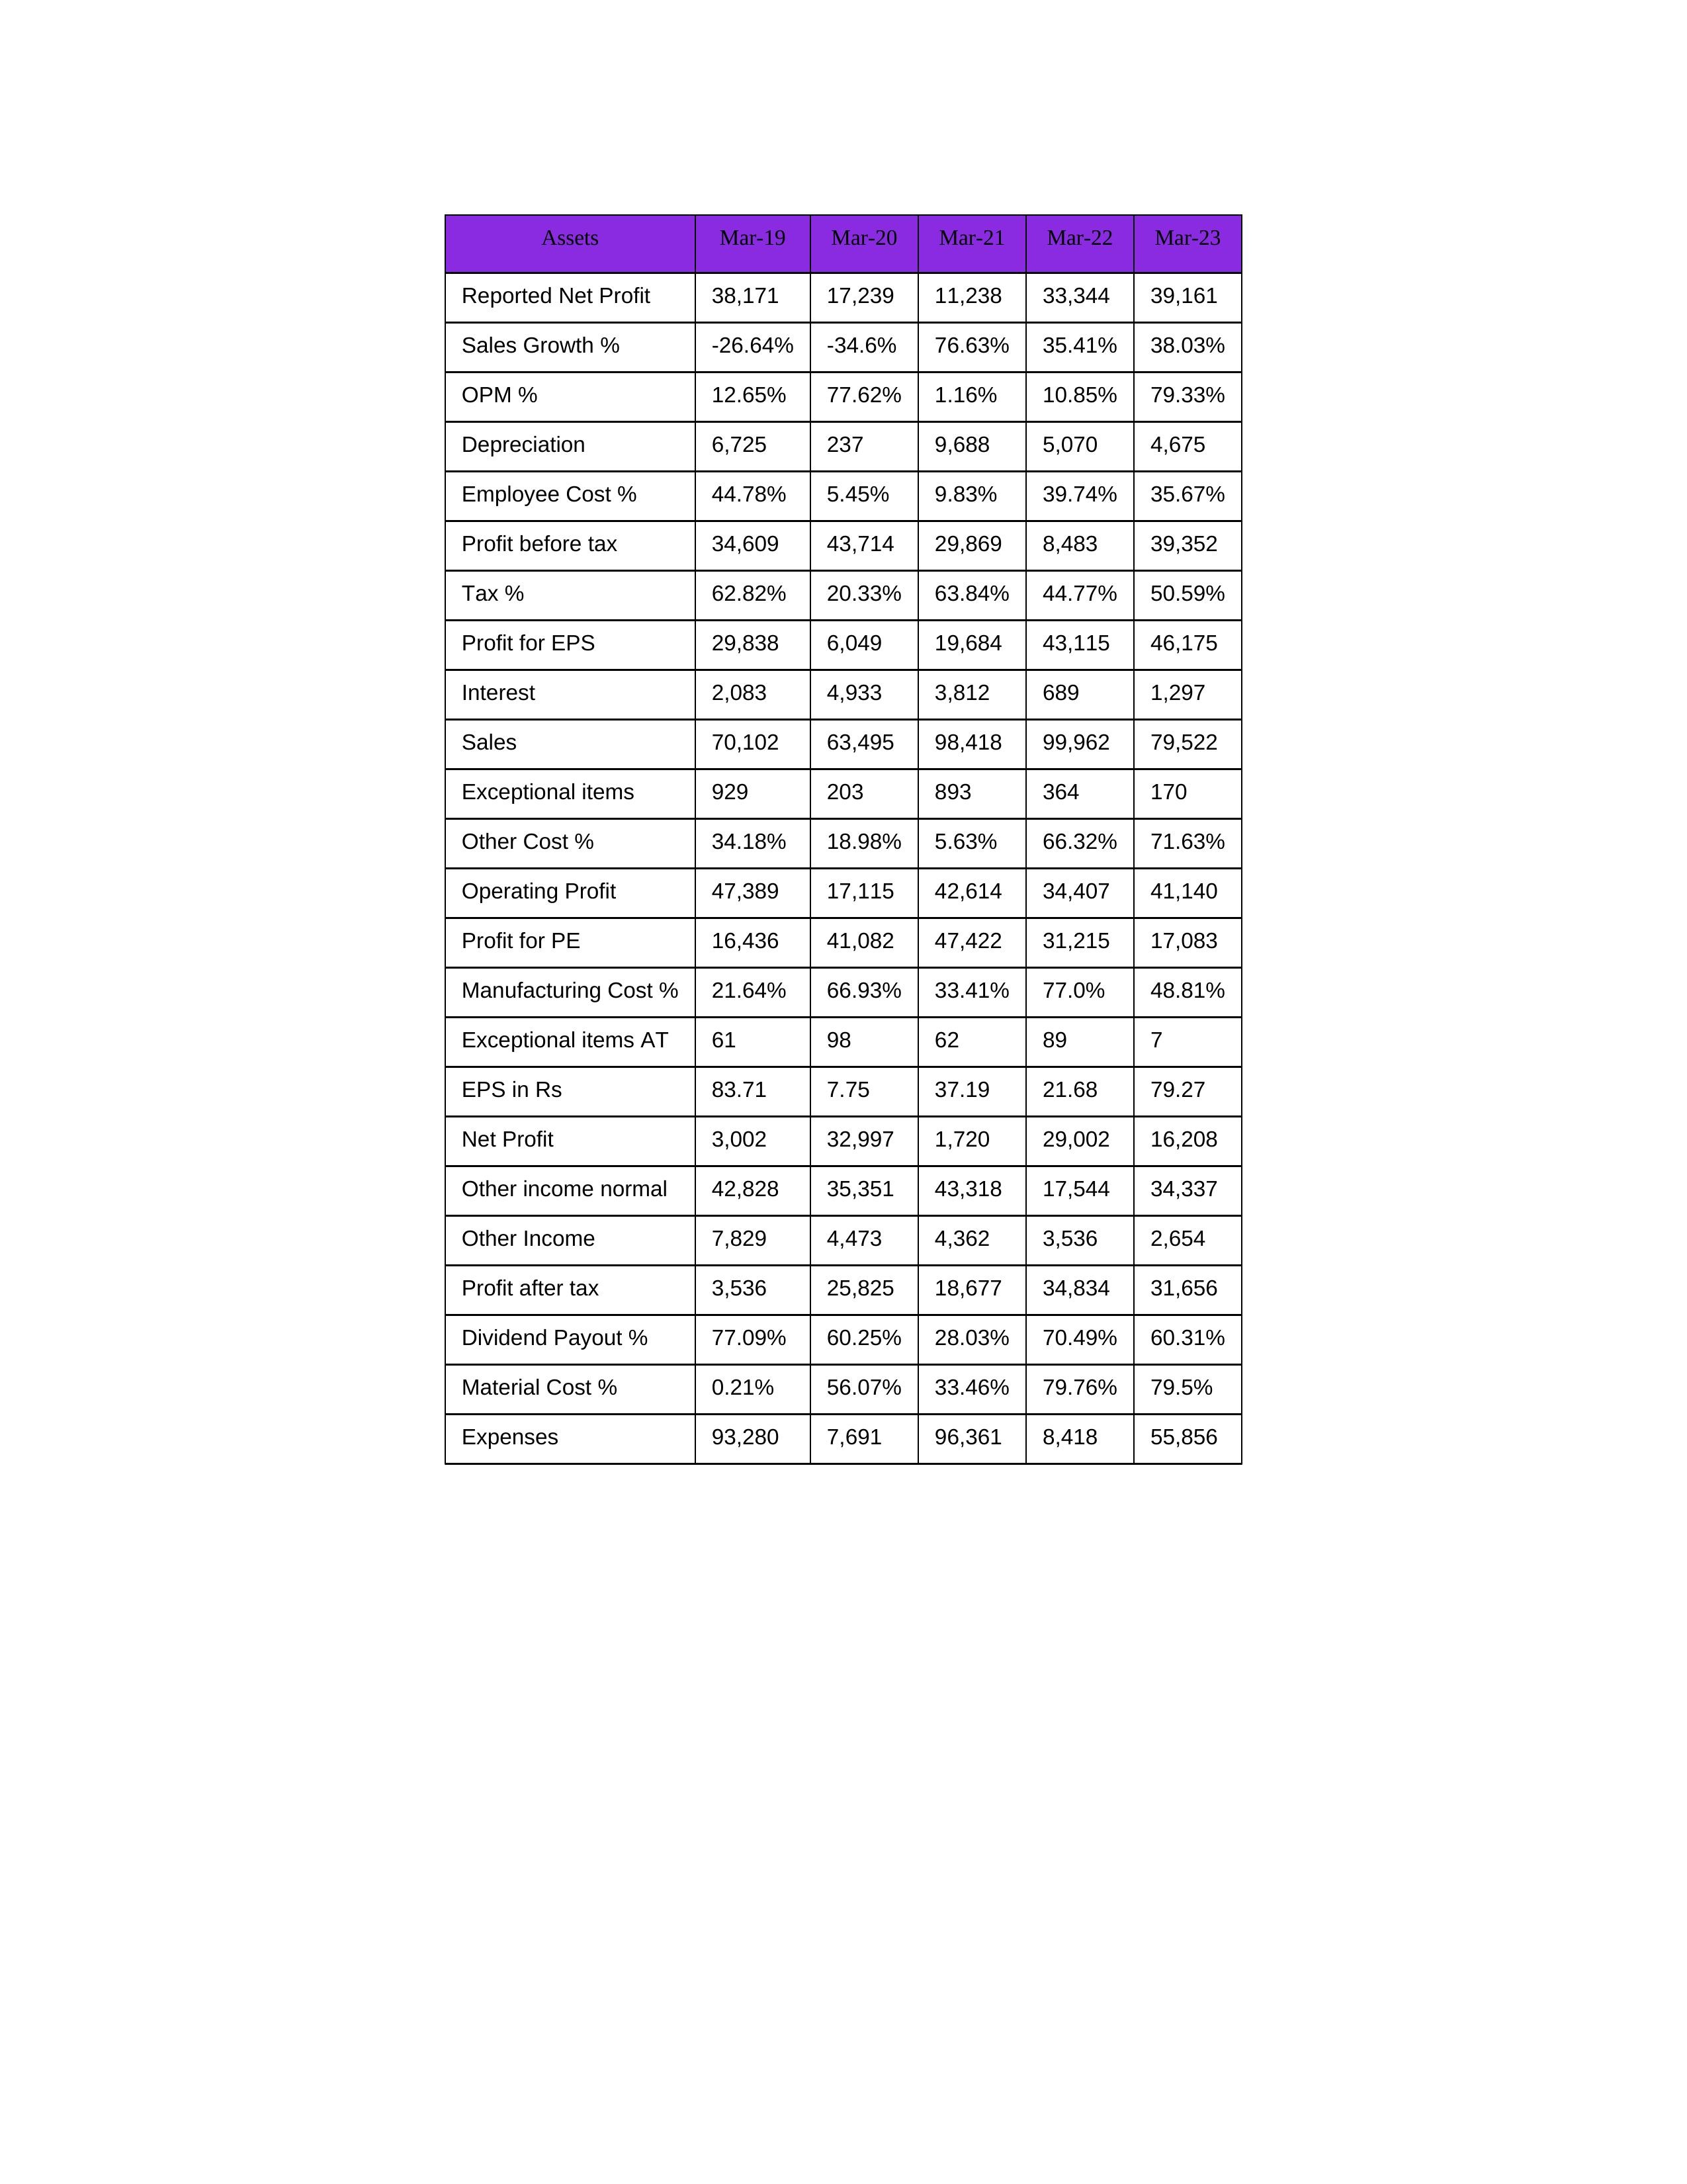
gt_parse: Mar-19: Sales: 70,102
Sales Growth %: -26.64%
Expenses: 93,280
Material Cost %: 0.21%
Manufacturing Cost %: 21.64%
Employee Cost %: 44.78%
Other Cost %: 34.18%
Operating Profit: 47,389
OPM %: 12.65%
Other Income: 7,829
Exceptional items: 929
Other income normal: 42,828
Interest: 2,083
Depreciation: 6,725
Profit before tax: 34,609
Tax %: 62.82%
Net Profit: 3,002
Profit after tax: 3,536
Reported Net Profit: 38,171
Profit for EPS: 29,838
Exceptional items AT: 61
Profit for PE: 16,436
EPS in Rs: 83.71
Dividend Payout %: 77.09%
Mar-20: Sales: 63,495
Sales Growth %: -34.6%
Expenses: 7,691
Material Cost %: 56.07%
Manufacturing Cost %: 66.93%
Employee Cost %: 5.45%
Other Cost %: 18.98%
Operating Profit: 17,115
OPM %: 77.62%
Other Income: 4,473
Exceptional items: 203
Other income normal: 35,351
Interest: 4,933
Depreciation: 237
Profit before tax: 43,714
Tax %: 20.33%
Net Profit: 32,997
Profit after tax: 25,825
Reported Net Profit: 17,239
Profit for EPS: 6,049
Exceptional items AT: 98
Profit for PE: 41,082
EPS in Rs: 7.75
Dividend Payout %: 60.25%
Mar-21: Sales: 98,418
Sales Growth %: 76.63%
Expenses: 96,361
Material Cost %: 33.46%
Manufacturing Cost %: 33.41%
Employee Cost %: 9.83%
Other Cost %: 5.63%
Operating Profit: 42,614
OPM %: 1.16%
Other Income: 4,362
Exceptional items: 893
Other income normal: 43,318
Interest: 3,812
Depreciation: 9,688
Profit before tax: 29,869
Tax %: 63.84%
Net Profit: 1,720
Profit after tax: 18,677
Reported Net Profit: 11,238
Profit for EPS: 19,684
Exceptional items AT: 62
Profit for PE: 47,422
EPS in Rs: 37.19
Dividend Payout %: 28.03%
Mar-22: Sales: 99,962
Sales Growth %: 35.41%
Expenses: 8,418
Material Cost %: 79.76%
Manufacturing Cost %: 77.0%
Employee Cost %: 39.74%
Other Cost %: 66.32%
Operating Profit: 34,407
OPM %: 10.85%
Other Income: 3,536
Exceptional items: 364
Other income normal: 17,544
Interest: 689
Depreciation: 5,070
Profit before tax: 8,483
Tax %: 44.77%
Net Profit: 29,002
Profit after tax: 34,834
Reported Net Profit: 33,344
Profit for EPS: 43,115
Exceptional items AT: 89
Profit for PE: 31,215
EPS in Rs: 21.68
Dividend Payout %: 70.49%
Mar-23: Sales: 79,522
Sales Growth %: 38.03%
Expenses: 55,856
Material Cost %: 79.5%
Manufacturing Cost %: 48.81%
Employee Cost %: 35.67%
Other Cost %: 71.63%
Operating Profit: 41,140
OPM %: 79.33%
Other Income: 2,654
Exceptional items: 170
Other income normal: 34,337
Interest: 1,297
Depreciation: 4,675
Profit before tax: 39,352
Tax %: 50.59%
Net Profit: 16,208
Profit after tax: 31,656
Reported Net Profit: 39,161
Profit for EPS: 46,175
Exceptional items AT: 7
Profit for PE: 17,083
EPS in Rs: 79.27
Dividend Payout %: 60.31%